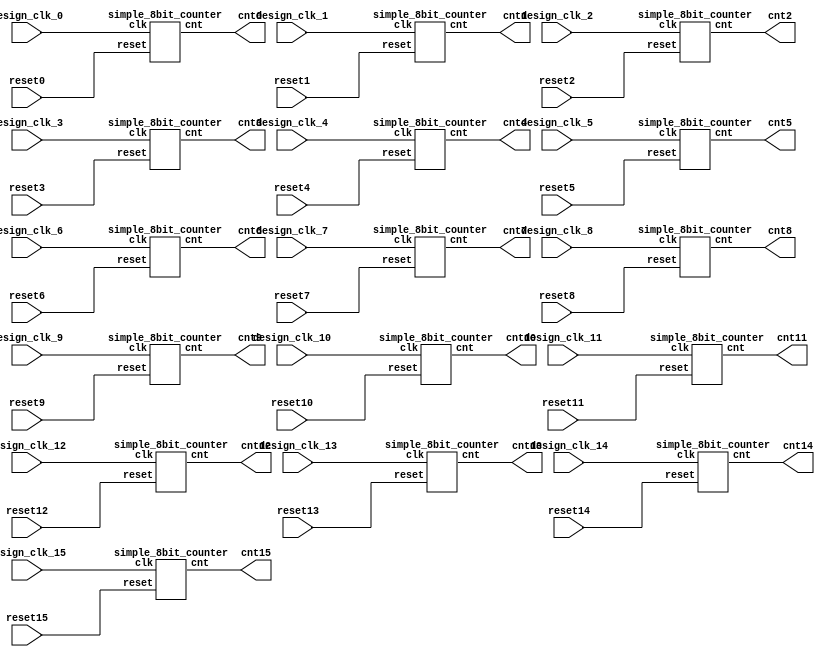
//-------------------------------------------------------
//  Functionality: An n-bit non synchronous counters
//-------------------------------------------------------
`define CLK_CNTR 8

module multi_clocks(
    input  wire reset0,
    input  wire reset1,
    input  wire reset2,
    input  wire reset3,
    input  wire reset4,
    input  wire reset5,
    input  wire reset6,
    input  wire reset7,
    input  wire reset8,
    input  wire reset9,
    input  wire reset10,
    input  wire reset11,
    input  wire reset12,
    input  wire reset13,
    input  wire reset14,
    input  wire reset15,
    input  wire design_clk_0,
    input  wire design_clk_1,
    input  wire design_clk_2,
    input  wire design_clk_3,
    input  wire design_clk_4,
    input  wire design_clk_5,
    input  wire design_clk_6,
    input  wire design_clk_7,
    input  wire design_clk_8,
    input  wire design_clk_9,
    input  wire design_clk_10,
    input  wire design_clk_11,
    input  wire design_clk_12,
    input  wire design_clk_13,
    input  wire design_clk_14,
    input  wire design_clk_15,
    output wire [`CLK_CNTR - 1:0] cnt0,
    output wire [`CLK_CNTR - 1:0] cnt1,
    output wire [`CLK_CNTR - 1:0] cnt2,
    output wire [`CLK_CNTR - 1:0] cnt3,
    output wire [`CLK_CNTR - 1:0] cnt4,
    output wire [`CLK_CNTR - 1:0] cnt5,
    output wire [`CLK_CNTR - 1:0] cnt6,
    output wire [`CLK_CNTR - 1:0] cnt7,
    output wire [`CLK_CNTR - 1:0] cnt8,
    output wire [`CLK_CNTR - 1:0] cnt9,
    output wire [`CLK_CNTR - 1:0] cnt10,
    output wire [`CLK_CNTR - 1:0] cnt11,
    output wire [`CLK_CNTR - 1:0] cnt12,
    output wire [`CLK_CNTR - 1:0] cnt13,
    output wire [`CLK_CNTR - 1:0] cnt14,
    output wire [`CLK_CNTR - 1:0] cnt15
);
    

    simple_8bit_counter  a0(reset0,design_clk_0,cnt0);
    simple_8bit_counter  a1(reset1,design_clk_1,cnt1);
    simple_8bit_counter  a2(reset2,design_clk_2,cnt2);
    simple_8bit_counter  a3(reset3,design_clk_3,cnt3);
    simple_8bit_counter  a4(reset4,design_clk_4,cnt4);
    simple_8bit_counter  a5(reset5,design_clk_5,cnt5);
    simple_8bit_counter  a6(reset6,design_clk_6,cnt6);
    simple_8bit_counter  a7(reset7,design_clk_7,cnt7);
    simple_8bit_counter  a8(reset8,design_clk_8,cnt8);
    simple_8bit_counter  a9(reset9,design_clk_9,cnt9);
    simple_8bit_counter a10(reset10,design_clk_10,cnt10);
    simple_8bit_counter a11(reset11,design_clk_11,cnt11);
    simple_8bit_counter a12(reset12,design_clk_12,cnt12);
    simple_8bit_counter a13(reset13,design_clk_13,cnt13);
    simple_8bit_counter a14(reset14,design_clk_14,cnt14);
    simple_8bit_counter a15(reset15,design_clk_15,cnt15);


endmodule

module simple_8bit_counter(
    input  wire reset,
    input  wire clk,
    output wire [`CLK_CNTR - 1:0] cnt
);
    reg [`CLK_CNTR - 1:0] cnt_reg;
    assign cnt = cnt_reg;
    always @(posedge clk or negedge reset) begin
        if(!reset)begin
            cnt_reg <= {`CLK_CNTR{1'b0}};
        end else begin
            cnt_reg <= cnt_reg + 1;
        end
    end 
endmodule